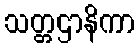
သတ္တဌာနိကာ